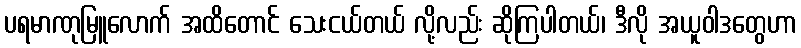
ပရမာဏုမြူလောက် အထိတောင် သေးငယ်တယ် လို့လည်း ဆိုကြပါတယ်၊ ဒီလို အယူဝါဒတွေဟာ